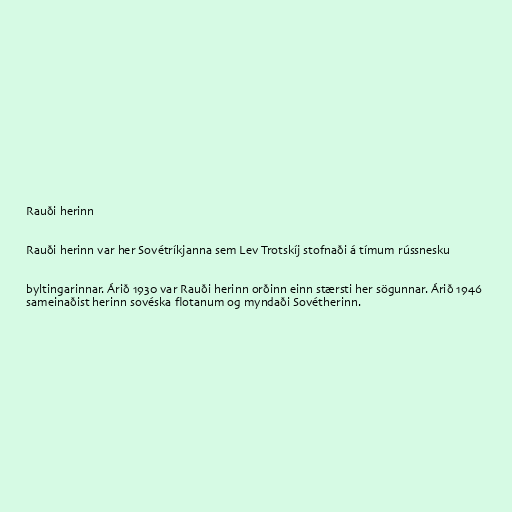
Rauði herinn

Rauði herinn var her Sovétríkjanna sem Lev Trotskíj stofnaði á tímum rússnesku

byltingarinnar. Árið 1930 var Rauði herinn orðinn einn stærsti her sögunnar. Árið 1946
sameinaðist herinn sovéska flotanum og myndaði Sovétherinn.